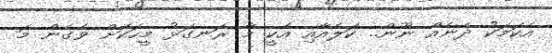
އެކަމަކު ދެނެއް ނޫން.. ކަލެއާއި އެކީ މާ ރަނގަޅު މީހަކަށް ވެގެން މަ